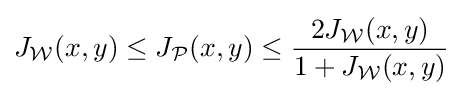
J_{\mathcal {W}}(x,y)\leq J_{\mathcal {P}}(x,y)\leq {\frac {2J_{\mathcal {W}}(x,y)}{1+J_{\mathcal {W}}(x,y)}}